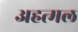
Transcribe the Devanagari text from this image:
अहत्मल